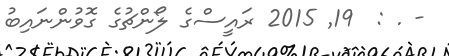
- . :  19